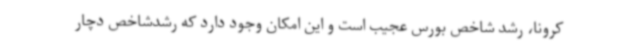
کرونا، رشد شاخص بورس عجیب است و این امکان وجود دارد که رشدشاخص دچار